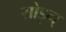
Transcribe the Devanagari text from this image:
सोडून्